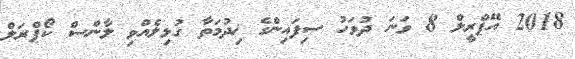
2018 އޭޕްރީލް 8 ވަނަ ދުވަހު ސިފައިންގެ ޚިދުމަތާ ގުޅިލެއްވި ލާންސް ކޯޕްރަލް